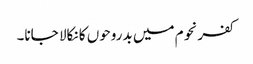
کفرنحوم میں بدروحوں کا نکالا جانا۔